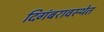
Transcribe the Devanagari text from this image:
दिगंबरावस्थेत